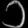
Digit: ၁